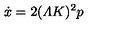
\dot { x } = 2 ( { \mit \Lambda } K ) ^ { 2 } p